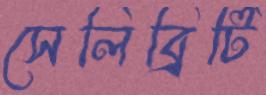
সেলিব্রিটি